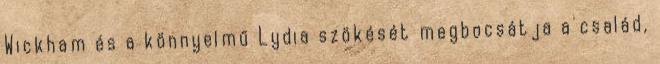
Wickham és a könnyelmű Lydia szökését megbocsátja a család,